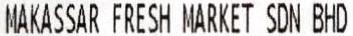
MAKASSAR FRESH MARKET SDN BHD